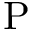
\mathrm { P }